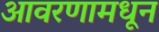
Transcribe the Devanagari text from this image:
आवरणामधून